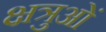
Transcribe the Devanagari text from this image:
क्षत्रुओं